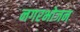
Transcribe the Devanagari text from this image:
नगरभोजन